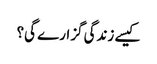
کیسے زندگی گزارے گی؟